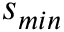
s _ { m i n }